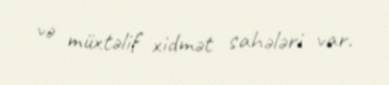
və müxtəlif xidmət sahələri var.